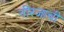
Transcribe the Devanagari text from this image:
नीरजाची